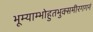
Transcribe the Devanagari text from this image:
भूम्याम्भोहुतभुक्समीरगगनं